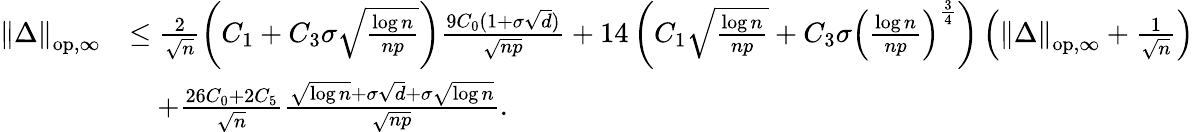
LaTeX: \begin{array}{rl}{\left\| {\Delta}\right\| _{\mathrm{op,\infty}}}&{\leq\frac{2}{\sqrt{n}}\left(C_{1}+C_{3}\sigma\sqrt{\frac{\log n}{np}}\right)\frac{9C_{0}(1+\sigma\sqrt{d})}{\sqrt{np}}+14\left(C_{1}\sqrt{\frac{\log n}{np}}+C_{3}\sigma\left(\frac{\log n}{np}\right)^{\frac{3}{4}}\right)\left(\left\| {\Delta}\right\| _{\mathrm{op,\infty}}+\frac{1}{\sqrt{n}}\right)}\\ &{\quad+\frac{26C_{0}+2C_{5}}{\sqrt{n}}\frac{\sqrt{\log n}+\sigma\sqrt{d}+\sigma\sqrt{\log n}}{\sqrt{np}}.}\end{array}